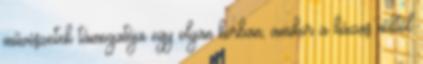
művészetek támogatója egy olyan korban, amikor a házas nőktől